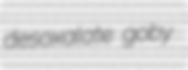
desoxalate goby